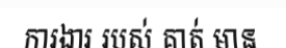
ការងារ របស់ គាត់ មាន